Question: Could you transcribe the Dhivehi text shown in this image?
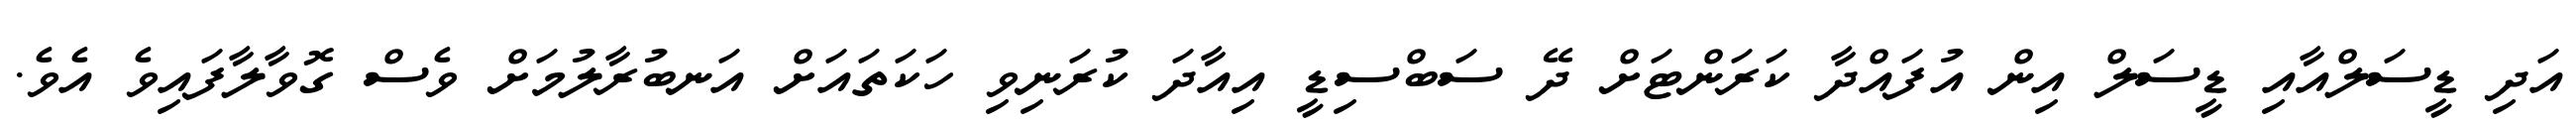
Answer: އަދި ޑީސަލްއާއި ޑީސަލް އިން އުފައްދާ ކަރަންޓަށް ދޭ ސަބްސިޑީ އިއާދަ ކުރަނިވި ހަކަތައަށް އަނބުރާލުމަށް ވެސް ގޮވާލާފައިވެ އެވެ.